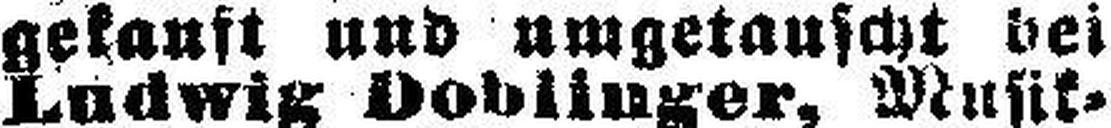
gekauft und umgetauscht bei